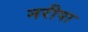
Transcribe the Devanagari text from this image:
नरीपा